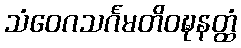
သံဝေဂသင်္ဂမတိဝဍ္ဎနတ္ထံ